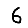
Digit: 6